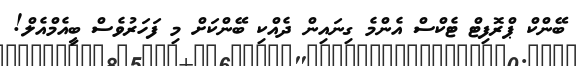
ބޭންކް ޕްރޮފިޓް ޓެކްސް އެންމެ ގިނައިން ދެއްކި ބޭންކަށް މި ފަހަރުވެސް ބީއެމްއެލް!